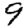
Digit: 9